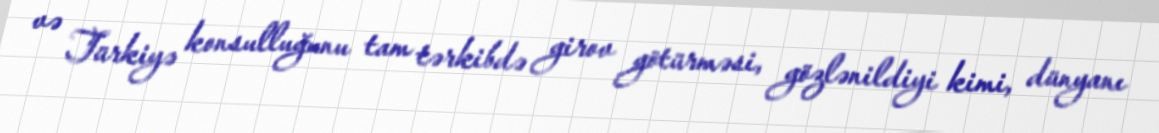
və Türkiyə konsulluğunu tam tərkibdə girov götürməsi, gözlənildiyi kimi, dünyanı